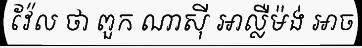
វ៉ែល ថា ពួក ណាស៊ី អាល្លឺម៉ង់ អាច